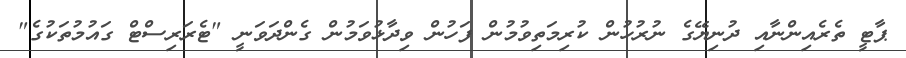
ޕާޓީ ތެރެއިންނާއި ދުނިޔޭގެ ނުރުހުން ކުރިމަތިވުމުން ފަހުން ވިދާޅުވަމުން ގެންދަވަނީ "ޓެރަރިސްޓް ގައުމުތަކުގެ"